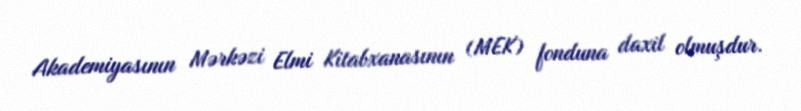
Akademiyasının Mərkəzi Elmi Kitabxanasının (MEK) fonduna daxil olmuşdur.